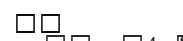
١١